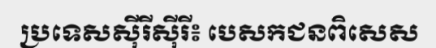
ប្រទេសស៊ីរីស៊ីរី៖ បេសកជនពិសេស